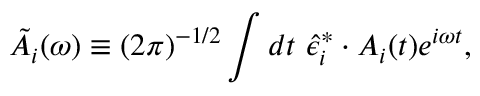
\tilde { A } _ { i } ( \omega ) \equiv ( 2 \pi ) ^ { - 1 / 2 } \int d t \, \, \hat { \epsilon } _ { i } ^ { * } \cdot A _ { i } ( t ) e ^ { i \omega t } ,